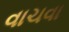
વાચવા